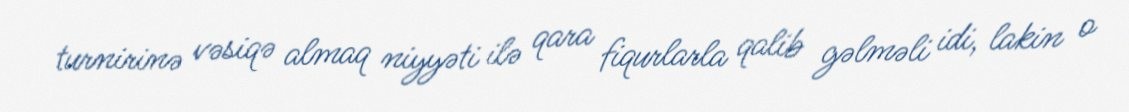
turnirinə vəsiqə almaq niyyəti ilə qara fiqurlarla qalib gəlməli idi, lakin o